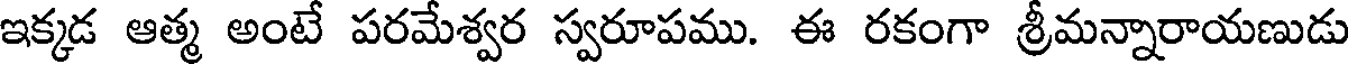
ఇక్కడ ఆత్మ అంటే పరమేశ్వర స్వరూపము. ఈ రకంగా శ్రీమన్నారాయణుడు